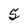
Character: 5